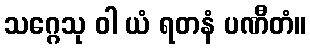
သဂ္ဂေသု ဝါ ယံ ရတနံ ပဏီတံ။